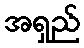
အရှည်